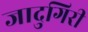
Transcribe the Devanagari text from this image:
जादुगिरी